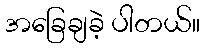
အခြေချခဲ့ ပါတယ်။